Rangoon Lunatic Asylum 1878-1892 - 1878-1892
Year: 1878
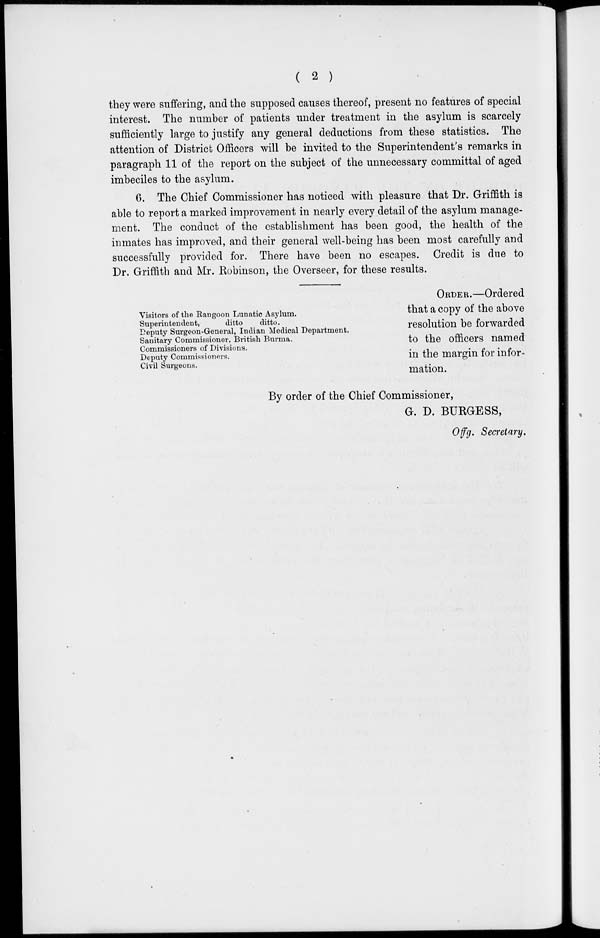
( 2 )
they were suffering, and the supposed causes thereof, present no features of special
interest. The number of patients under treatment in the asylum is scarcely
sufficiently large to justify any general deductions from these statistics. The
attention of District Officers will be invited to the Superintendent's remarks in
paragraph 11 of the report on the subject of the unnecessary committal of aged
imbeciles to the asylum.
6. The Chief Commissioner has noticed with pleasure that Dr. Griffith is
able to report a marked improvement in nearly every detail of the asylum manage-
ment. The conduct of the establishment has been good, the health of the
inmates has improved, and their general well-being has been most carefully and
successfully provided for. There have been no escapes. Credit is due to
Dr. Griffith and Mr. Robinson, the Overseer, for these results.
Visitors of the Rangoon Lunatic Asylum.
Superintendent,
ditto
ditto.
Deputy Surgeon-General, Indian Medical Department.
Sanitary Commissioner, British Burma.
Commissioners of Divisions.
Deputy Commissioners.
Civil Surgeons.
ORDER.—Ordered
that a copy of the above
resolution be forwarded
to the officers named
in the margin for infor-
mation.
By order of the Chief Commissioner,
G. D. BURGESS,
Offg. Secretary.